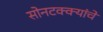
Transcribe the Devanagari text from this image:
सोनटक्क्यांचे